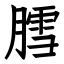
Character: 膤